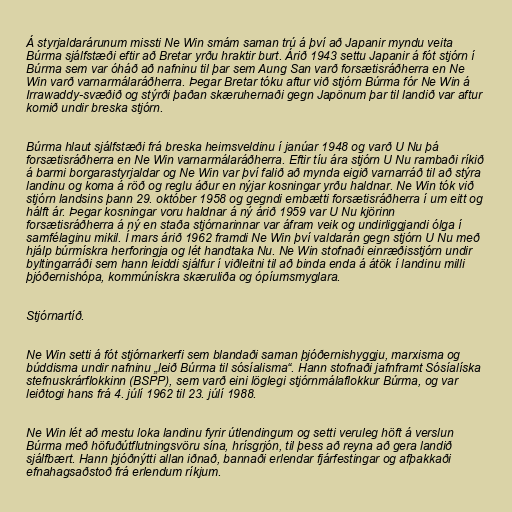
Á styrjaldarárunum missti Ne Win smám saman trú á því að Japanir myndu veita
Búrma sjálfstæði eftir að Bretar yrðu hraktir burt. Árið 1943 settu Japanir á fót stjórn í
Búrma sem var óháð að nafninu til þar sem Aung San varð forsætisráðherra en Ne
Win varð varnarmálaráðherra. Þegar Bretar tóku aftur við stjórn Búrma fór Ne Win á
Irrawaddy-svæðið og stýrði þaðan skæruhernaði gegn Japönum þar til landið var aftur
komið undir breska stjórn.

Búrma hlaut sjálfstæði frá breska heimsveldinu í janúar 1948 og varð U Nu þá
forsætisráðherra en Ne Win varnarmálaráðherra. Eftir tíu ára stjórn U Nu rambaði ríkið
á barmi borgarastyrjaldar og Ne Win var því falið að mynda eigið varnarráð til að stýra
landinu og koma á röð og reglu áður en nýjar kosningar yrðu haldnar. Ne Win tók við
stjórn landsins þann 29. október 1958 og gegndi embætti forsætisráðherra í um eitt og
hálft ár. Þegar kosningar voru haldnar á ný árið 1959 var U Nu kjörinn
forsætisráðherra á ný en staða stjórnarinnar var áfram veik og undirliggjandi ólga í
samfélaginu mikil. Í mars árið 1962 framdi Ne Win því valdarán gegn stjórn U Nu með
hjálp búrmískra herforingja og lét handtaka Nu. Ne Win stofnaði einræðisstjórn undir
byltingarráði sem hann leiddi sjálfur í viðleitni til að binda enda á átök í landinu milli
þjóðernishópa, kommúnískra skæruliða og ópíumsmyglara.

Stjórnartíð.

Ne Win setti á fót stjórnarkerfi sem blandaði saman þjóðernishyggju, marxisma og
búddisma undir nafninu „leið Búrma til sósíalisma“. Hann stofnaði jafnframt Sósíalíska
stefnuskrárflokkinn (BSPP), sem varð eini löglegi stjórnmálaflokkur Búrma, og var
leiðtogi hans frá 4. júlí 1962 til 23. júlí 1988.

Ne Win lét að mestu loka landinu fyrir útlendingum og setti veruleg höft á verslun
Búrma með höfuðútflutningsvöru sína, hrísgrjón, til þess að reyna að gera landið
sjálfbært. Hann þjóðnýtti allan iðnað, bannaði erlendar fjárfestingar og afþakkaði
efnahagsaðstoð frá erlendum ríkjum.